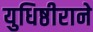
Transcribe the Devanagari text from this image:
युधिष्ठीराने